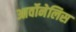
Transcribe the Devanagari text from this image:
आर्वोनेलिस